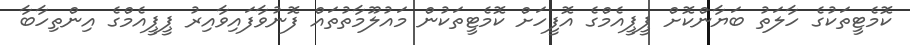
ކޮމެޓީތަކުގެ ހާލަތު ބަޔާންކޮށް ޕީޕީއެމްގެ އޮފީހަށް ކޮމެޓީތަކުން މައުލޫމާތުތައް ފޮނުވާފައިވާއިރު ޕީޕީއެމްގެ އިންތިހާބާ